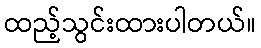
ထည့်သွင်းထားပါတယ်။